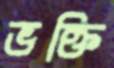
ভক্তি